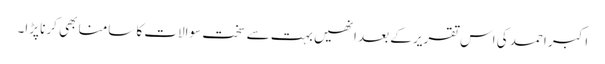
اکبر احمد کی اس تقریر کے بعد انھیں بہت سے سخت سوالات کا سامنا بھی کرنا پڑا۔